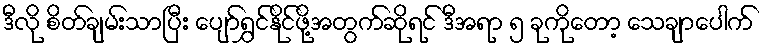
ဒီလို စိတ်ချမ်းသာပြီး ပျော်ရွှင်နိုင်ဖို့အတွက်ဆိုရင် ဒီအရာ ၅ ခုကိုတော့ သေချာပေါက်